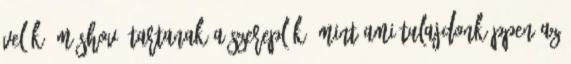
velük, máshová tartanak a szereplők, mint ami tulajdonképpen az